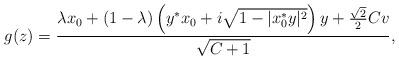
LaTeX: \begin{align*} g(z) = \frac{ \lambda x_0 + (1-\lambda) \left(y^*x_0 + i \sqrt{1-|x_0^*y|^2} \right) y + \frac{\sqrt{2}}{2}C v}{\sqrt{C+1}}, \end{align*}